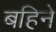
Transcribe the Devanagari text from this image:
बहिने